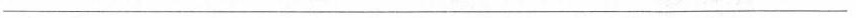
___